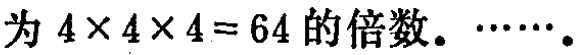
为 \(4\times 4\times 4 = 64\) 的倍数。\(\cdots\cdots\)。